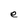
Character: e